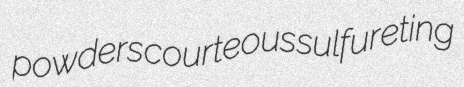
powders courteous sulfureting